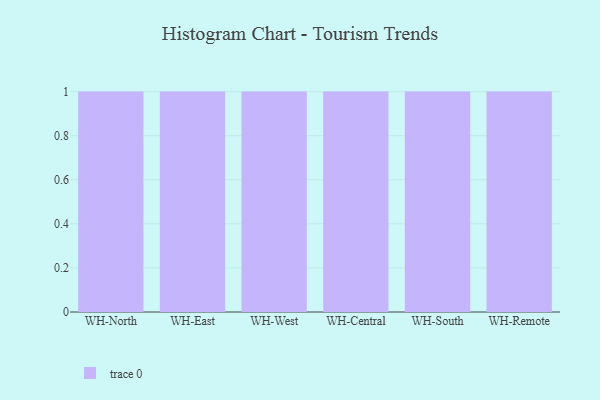
{"axis": {"x": "Warehouse", "y": "Headcount"}, "legend": [""], "data": [{"x": "WH-North", "y": 10, "type": ""}, {"x": "WH-East", "y": 53, "type": ""}, {"x": "WH-West", "y": 82, "type": ""}, {"x": "WH-Central", "y": 1, "type": ""}, {"x": "WH-South", "y": 72, "type": ""}, {"x": "WH-Remote", "y": 27, "type": ""}]}